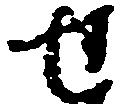
せ